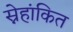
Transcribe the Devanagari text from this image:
स्नेहांकित